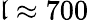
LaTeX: \mathfrak{l}\approx700